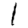
Digit: 1